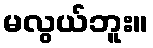
မလွယ်ဘူး။